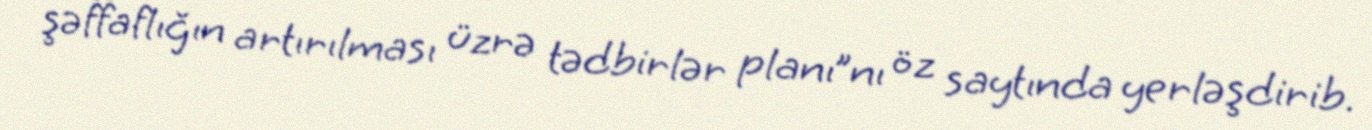
şəffaflığın artırılması üzrə tədbirlər planı”nı öz saytında yerləşdirib.